Insane asylums in Bengal annual reports 1867-1875 - 1867-1875
Year: 1867
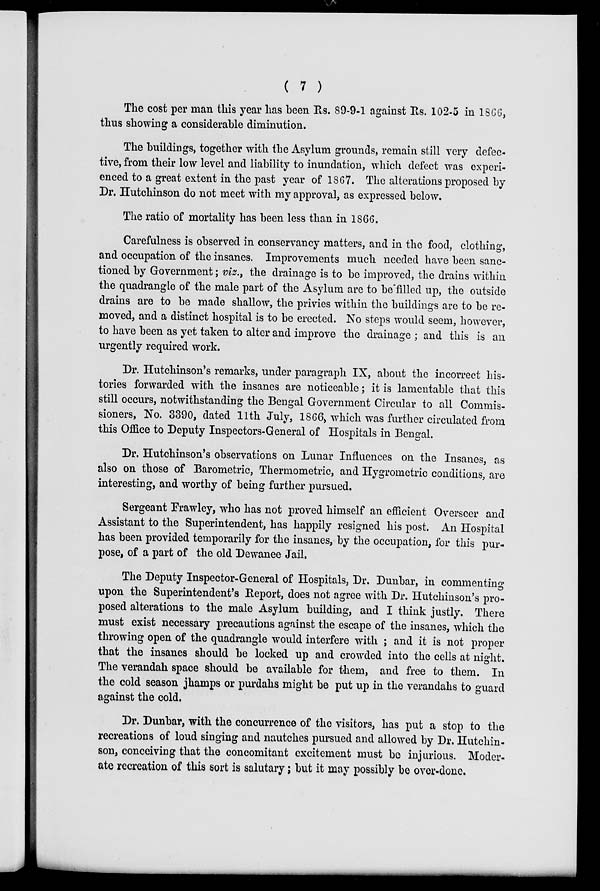
( 7 )
The cost per man this year has been Rs. 89-9-1 against Rs. 102-5 in 1866,
thus showing a considerable diminution.
The buildings, together with the Asylum grounds, remain still very defec-
tive, from their low level and liability to inundation, which defect was experi-
enced to a great extent in the past year of 1867. The alterations proposed by
Dr. Hutchinson do not meet with my approval, as expressed below.
The ratio of mortality has been less than in 1866.
Carefulness is observed in conservancy matters, and in the food, clothing,
and occupation of the insanes. Improvements much needed have been sanc-
tioned by Government; viz., the drainage is to be improved, the drains within
the quadrangle of the male part of the Asylum are to be filled up, the outside
drains are to be made shallow, the privies within the buildings are to be re-
moved, and a distinct hospital is to be erected. No steps would seem, however,
to have been as yet taken to alter and improve the drainage ; and this is an
urgently required work.
Dr. Hutchinson's remarks, under paragraph IX, about the incorrect his-
tories forwarded with the insanes are noticeable; it is lamentable that this
still occurs, notwithstanding the Bengal Government Circular to all Commis-
sioners, No. 3390, dated 11th July, 1866, which was further circulated from
this Office to Deputy Inspectors-General of Hospitals in Bengal.
Dr. Hutchinson's observations on Lunar Influences on the Insanes, as
also on those of Barometric, Thermometric, and Hygrometric conditions, are
interesting, and worthy of being further pursued.
Sergeant Frawley, who has not proved himself an efficient Overseer and
Assistant to the Superintendent, has happily resigned his post. An Hospital
has been provided temporarily for the insanes, by the occupation, for this pur-
pose, of a part of the old Dewanee Jail.
The Deputy Inspector-General of Hospitals, Dr. Dunbar, in commenting
upon the Superintendent's Report, does not agree with Dr. Hutchinson's pro-
posed alterations to the male Asylum building, and I think justly. There
must exist necessary precautions against the escape of the insanes, which the
throwing open of the quadrangle would interfere with ; and it is not proper
that the insanes should be locked up and crowded into the cells at night.
The verandah space should be available for them, and free to them. In
the cold season jhamps or purdahs might be put up in the verandahs to guard
against the cold.
Dr. Dunbar, with the concurrence of the visitors, has put a stop to the
recreations of loud singing and nautches pursued and allowed by Dr. Hutchin-
son, conceiving that the concomitant excitement must be injurious. Moder-
ate recreation of this sort is salutary; but it may possibly be over-done.